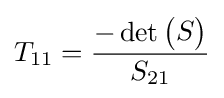
T_{11}={\frac {-\det {\begin{pmatrix}S\end{pmatrix}}}{S_{21}}}